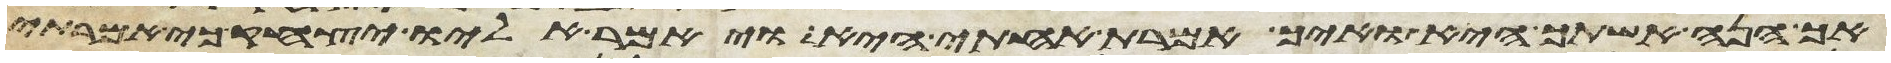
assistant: אך הנה אשתך היא ואיך אמרת אחותי היא ויאמר אליו יצחק כי אמרתי